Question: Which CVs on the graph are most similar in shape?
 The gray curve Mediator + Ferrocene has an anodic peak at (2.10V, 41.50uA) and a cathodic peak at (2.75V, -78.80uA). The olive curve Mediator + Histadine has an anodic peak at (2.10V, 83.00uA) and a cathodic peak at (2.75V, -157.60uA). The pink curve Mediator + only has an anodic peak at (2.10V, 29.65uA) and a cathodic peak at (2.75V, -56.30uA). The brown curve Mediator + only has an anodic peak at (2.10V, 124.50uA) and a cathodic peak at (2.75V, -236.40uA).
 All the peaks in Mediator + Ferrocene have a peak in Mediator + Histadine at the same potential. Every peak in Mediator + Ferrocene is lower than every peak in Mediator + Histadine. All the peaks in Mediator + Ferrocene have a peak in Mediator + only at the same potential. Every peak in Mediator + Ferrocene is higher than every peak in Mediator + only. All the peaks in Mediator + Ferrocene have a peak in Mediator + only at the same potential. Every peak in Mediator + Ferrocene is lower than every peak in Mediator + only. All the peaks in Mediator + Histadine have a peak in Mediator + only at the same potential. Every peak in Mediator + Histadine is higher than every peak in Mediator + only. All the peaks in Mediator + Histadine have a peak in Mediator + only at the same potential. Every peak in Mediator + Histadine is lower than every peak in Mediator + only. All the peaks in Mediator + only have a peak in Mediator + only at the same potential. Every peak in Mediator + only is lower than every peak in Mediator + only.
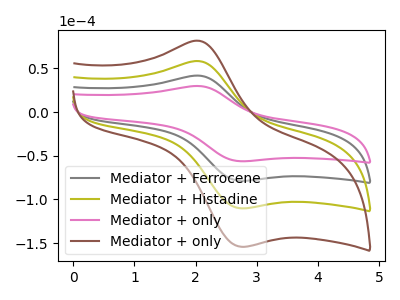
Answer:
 <answer>"Mediator + only", "Mediator + Ferrocene", "Mediator + Histadine" and "Mediator + only" have the same shape and are likely CV's of the same chemical.</answer>
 <eval>"Mediator + only" "Mediator + Ferrocene" "Mediator + Histadine" "Mediator + only"</eval>